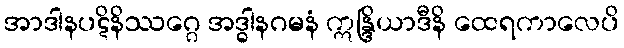
အာဒါနပဋိနိဿဂ္ဂေ အဒ္ဓါနဂမနံ ဣန္ဒြိယာဒီနိ ထေရကာလေပိ